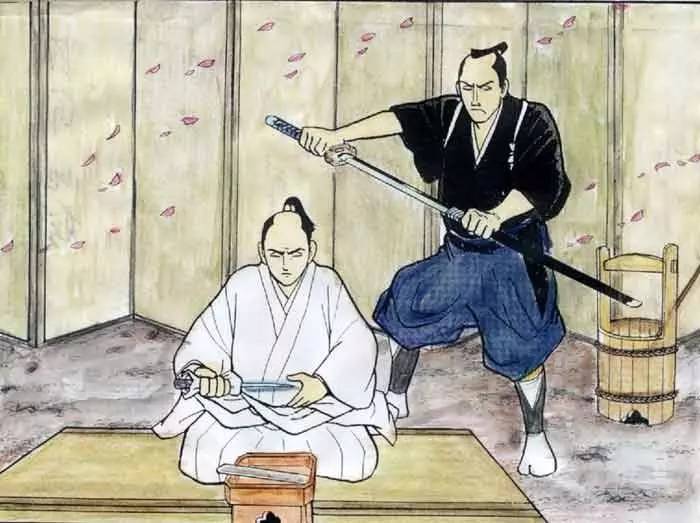
大者不能，小者不为，是弃国捐身之道也。